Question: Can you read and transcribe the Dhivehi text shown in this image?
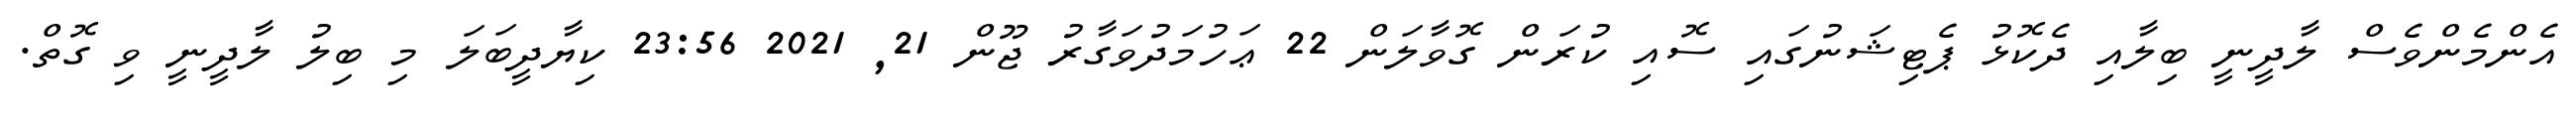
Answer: އެންމެންވެސް ލާދީނީ ބިލާއި ދެކޮޅު ޕެޓިޝަނުގައި ސޮއި ކުރަން ގޮވާލަން 22 ޢަހުމަދުވަގާރު ޖޫން 21, 2021 23:56 ކިޔާދީބަލަ މި ބިލު ލާދީނީ ވި ގޮތް.